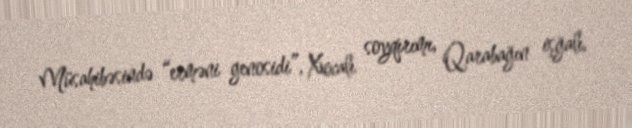
Müsahibəsində “erməni genosidi”, Xocalı soyqırımı, Qarabağın işğalı,